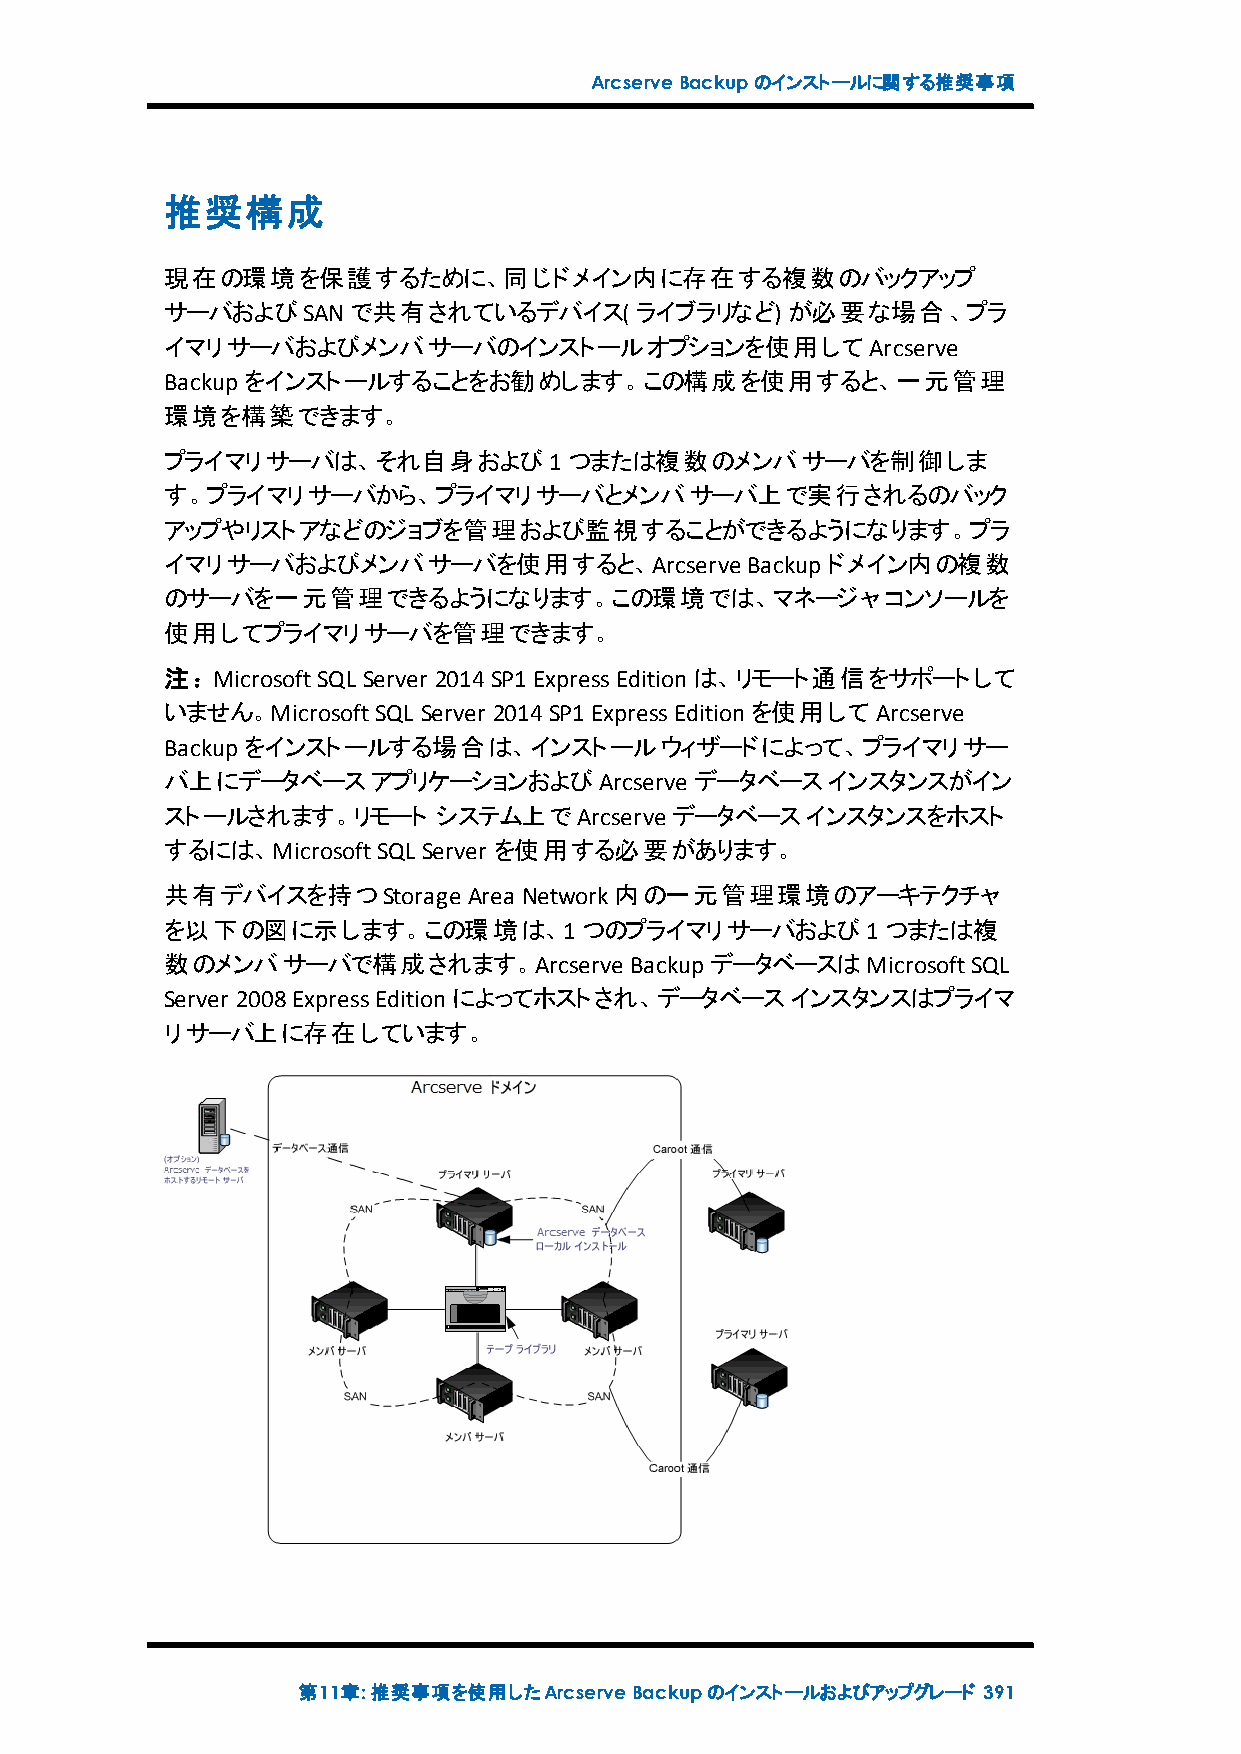
ArcserveBackupのインストールに関する推奨事項
 推奨構成
 現在の環境を保護するために、同じドメイン内に存在する複数のバックアップ
 サーバおよびSANで共有されているデバイス(         ライブラリなど)  が必要な場合、プラ
 イマリサーバおよびメンバサーバのインストールオプションを使用してArcserve
 Backupをインストールすることをお勧めします。この構成を使用すると、一元管理
 環境を構築できます。
 プライマリサーバは、それ自身および1つまたは複数のメンバサーバを制御しま
 す。プライマリサーバから、プライマリサーバとメンバサーバ上で実行されるのバック
 アップやリストアなどのジョブを管理および監視することができるようになります。プラ
 イマリサーバおよびメンバサーバを使用すると、Arcserve        Backupドメイン内の複数
 のサーバを一元管理できるようになります。この環境では、マネージャコンソールを
 使用してプライマリサーバを管理できます。
 注：MicrosoftSQL Server 2014SP1ExpressEditionは、リモート通信をサポートして
 いません。MicrosoftSQL Server 2014SP1ExpressEditionを使用してArcserve
 Backupをインストールする場合は、インストールウィザードによって、プライマリサー
 バ上にデータベースアプリケーションおよびArcserve       データベースインスタンスがイン
 ストールされます。リモート     システム上でArcserve データベースインスタンスをホスト
 するには、MicrosoftSQL Server を使用する必要があります。
 共有デバイスを持つStorage    Area Network内の一元管理環境のアーキテクチャ
 を以下の図に示します。この環境は、1つのプライマリサーバおよび1つまたは複
 数のメンバサーバで構成されます。Arcserve       BackupデータベースはMicrosoftSQL
 Server 2008ExpressEditionによってホストされ、データベースインスタンスはプライマ
 リサーバ上に存在しています。
 第11章:推奨事項を使用したArcserveBackupのインストールおよびアップグレード 391